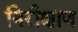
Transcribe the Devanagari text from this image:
निरीक्षाण